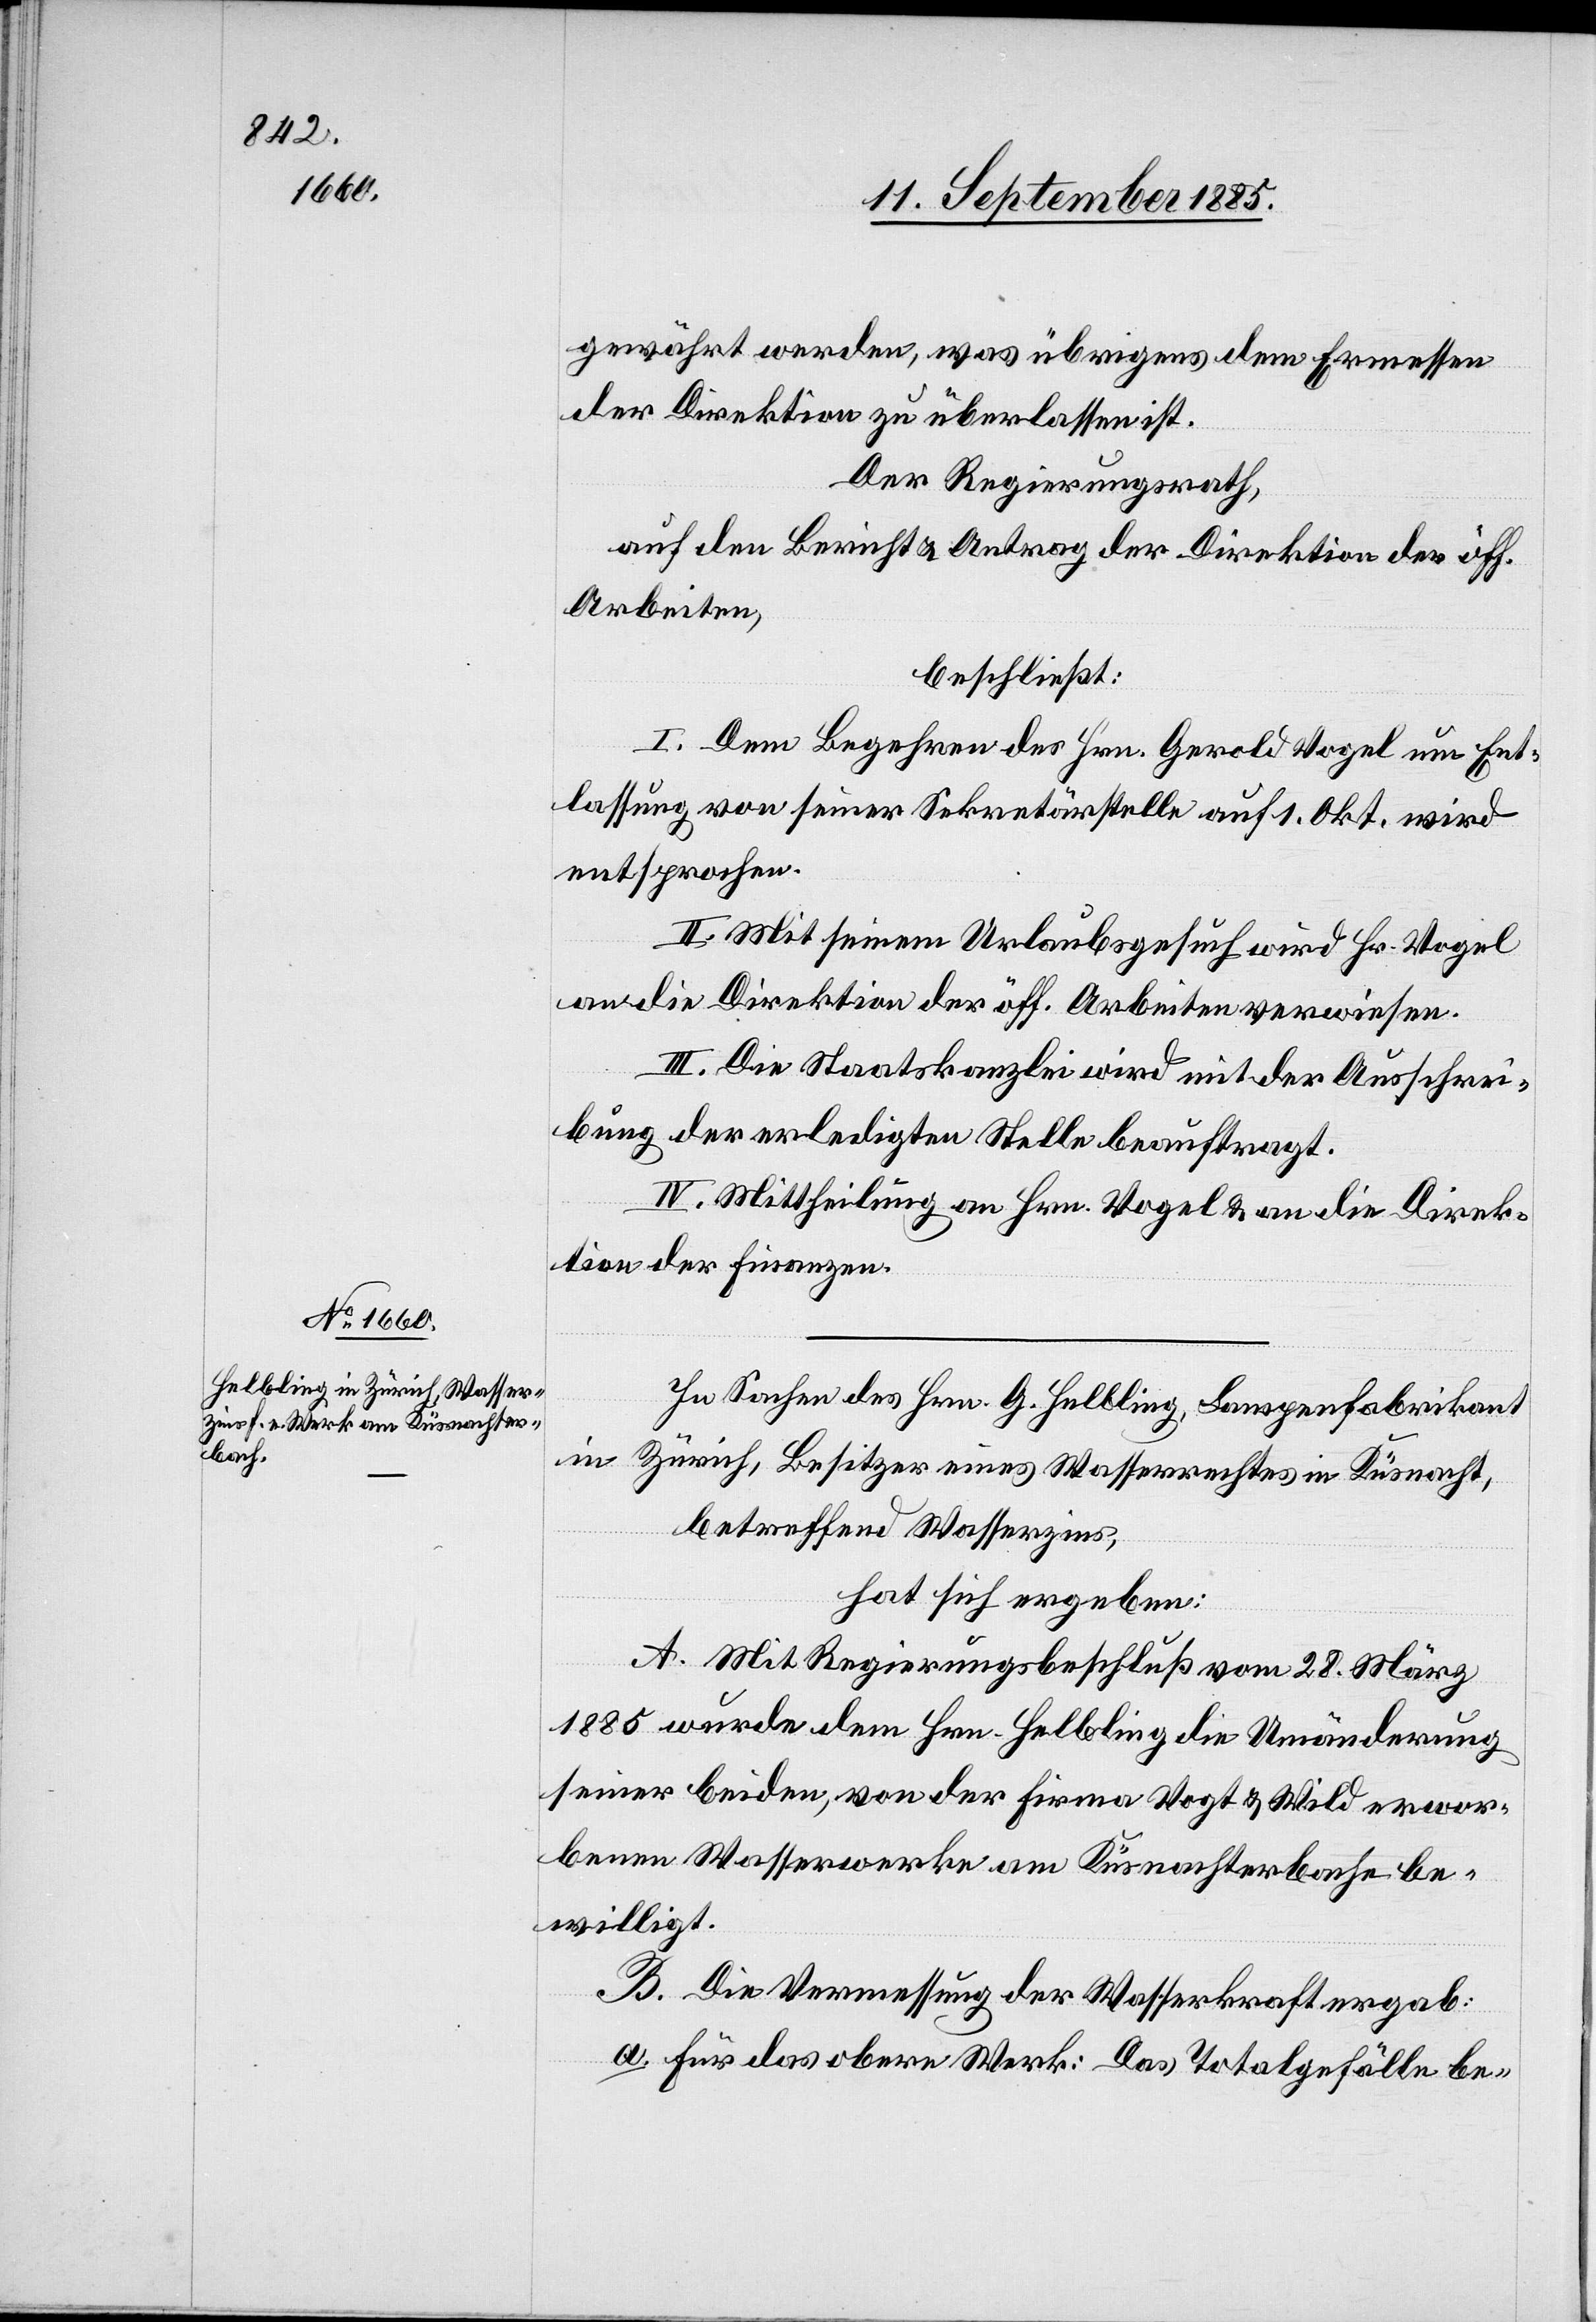
gewährt werden, was übrigens dem Ermessen
der Direktion zu überlassen ist.
Der Regierungsrath,
auf den Bericht & Antrag der Direktion der öff.
Arbeiten,
beschließt:
I. Dem Begehren des Hrn. Gerold Vogel um Ent¬
lassung von seiner Sekretärstelle auf 1. Okt. wird
entsprochen.
II. Mit seinem Urlaubsgesuch wird Hr. Vogel
an die Direktion der öff. Arbeiten verwiesen.
III. Die Staatskanzlei wird mit der Ausschrei¬
bung der erledigten Stelle beauftragt.
IV. Mittheilung an Hrn. Vogel & an die Direk¬
tion der Finanzen.
In Sachen des Hrn. G. Helbling, Lampenfabrikant
in Zürich, Besitzer eines Wasserrechtes in Küsnacht,
betreffend Wasserzins,
hat sich ergeben:
A. Mit Regierungsbeschluß vom 28. März
1885 wurde dem Hrn. Helbling die Umänderung
seiner beiden, von der Firma Vogt & Wild erwor¬
benen Wasserwerke am Küsnachterbache be¬
willigt.
B. Die Vermessung der Wasserkraft ergab:
a. Für das obere Werk: Das Totalgefälle be-